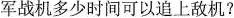
军战机多少时间可以追上敌机？